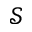
\mathcal { S }